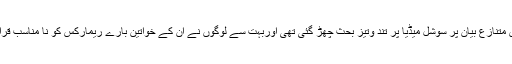
ان کے اس متنازع بیان پر سوشل میڈیا پر تند وتیز بحث چھڑ گئی تھی اوربہت سے لوگوں نے ان کے خواتین بارے ریمارکس کو نا مناسب قرار دیا ہے۔